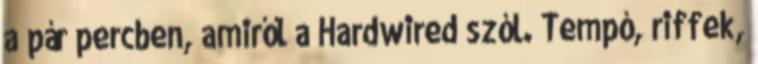
a pár percben, amiről a Hardwired szól. Tempó, riffek,